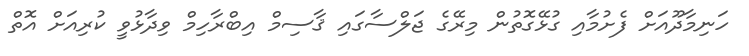
ހަނިމާދޫއަށް ފެށުމާއި ގުޅޭގޮތުން މިރޭގެ ޖަލްސާގައި ޤާސިމް އިބްރާހިމް ވިދާޅުވީ ކުރިއަށް އޮތް